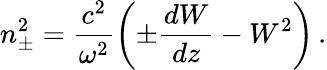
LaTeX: n_{\pm}^{2}=\frac{c^{2}}{\omega^{2}}\left(\pm\frac{dW}{dz}-W^{2}\right)\, .